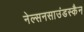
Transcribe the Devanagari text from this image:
नेल्सनसाउंडस्कैन